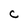
Character: C